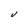
Character: U